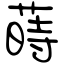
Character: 蒔